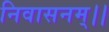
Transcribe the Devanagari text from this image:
निवासनम्।।